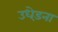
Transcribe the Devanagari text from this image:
उधेड़ना